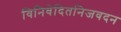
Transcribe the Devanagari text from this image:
विनिवेदितनिजवदन